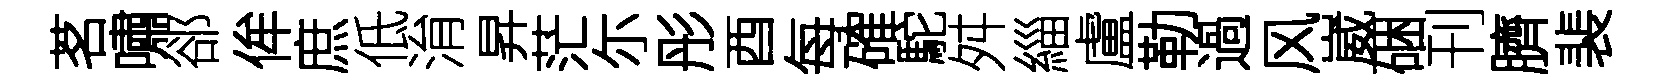
茗嘯郤侔庶低㳙昇茫尓彤酉每確駝舛緇盧勒過风崴硱刊臍裴